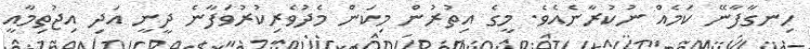
ހިނގާފާނޭ ކަމެއް ނުކުރާނެއެވެ. މީގެ އިތުރުން މިކަން މެދުވެރިކުރުވަފާނެ ދީނީ އަދި އިޖުތިމާއީ